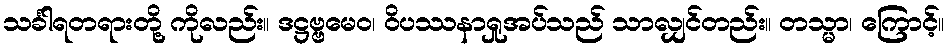
သင်္ခါရတရားတို့ ကိုလည်း။ ဒဋ္ဌဗ္ဗမေဝ၊ ဝိပဿနာရှုအပ်သည် သာလျှင်တည်း။ တသ္မာ၊ ကြောင့်။